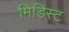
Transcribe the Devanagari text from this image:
मिडिस्ट